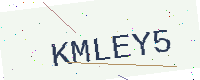
Text: KMLEY5